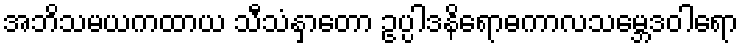
အဘိသမယကထာယ သီသံနှာတော ဥပ္ပါဒနိရောဓကာလသမ္ဘေဒဝါရော